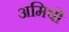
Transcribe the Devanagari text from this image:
अमिषों